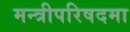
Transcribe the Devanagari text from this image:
मन्त्रीपरिषदमा